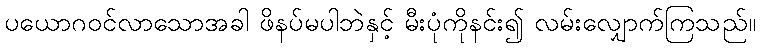
ပယောဂဝင်လာသောအခါ ဖိနပ်မပါဘဲနှင့် မီးပုံကိုနင်း၍ လမ်းလျှောက်ကြသည်။